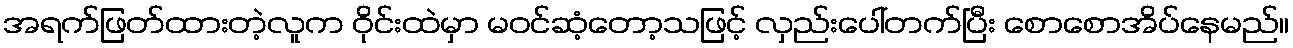
အရက်ဖြတ်ထားတဲ့လူက ဝိုင်းထဲမှာ မဝင်ဆံ့တော့သဖြင့် လှည်းပေါ်တက်ပြီး စောစောအိပ်နေမည်။